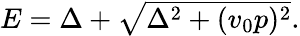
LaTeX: \begin{array}{r}{E=\Delta+\sqrt{\Delta^{2}+(v_{0}p)^{2}}.}\end{array}